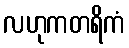
လဟုကတရိကံ